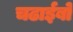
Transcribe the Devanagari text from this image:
चढाईबो